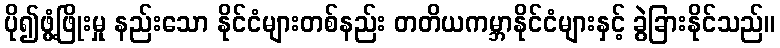
ပို၍ဖွံ့ဖြိုးမှု နည်းသော နိုင်ငံများတစ်နည်း တတိယကမ္ဘာနိုင်ငံများနှင့် ခွဲခြားနိုင်သည်။